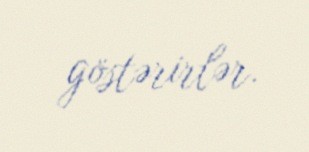
göstərirlər.